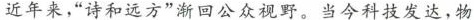
近年来，”诗和远方”渐回公众视野。当今科技发达，物